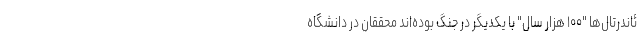
ئاندرتال‌ها "۱۰۰ هزار سال" با یکدیگر در جنگ بوده‌اند محققان در دانشگاه